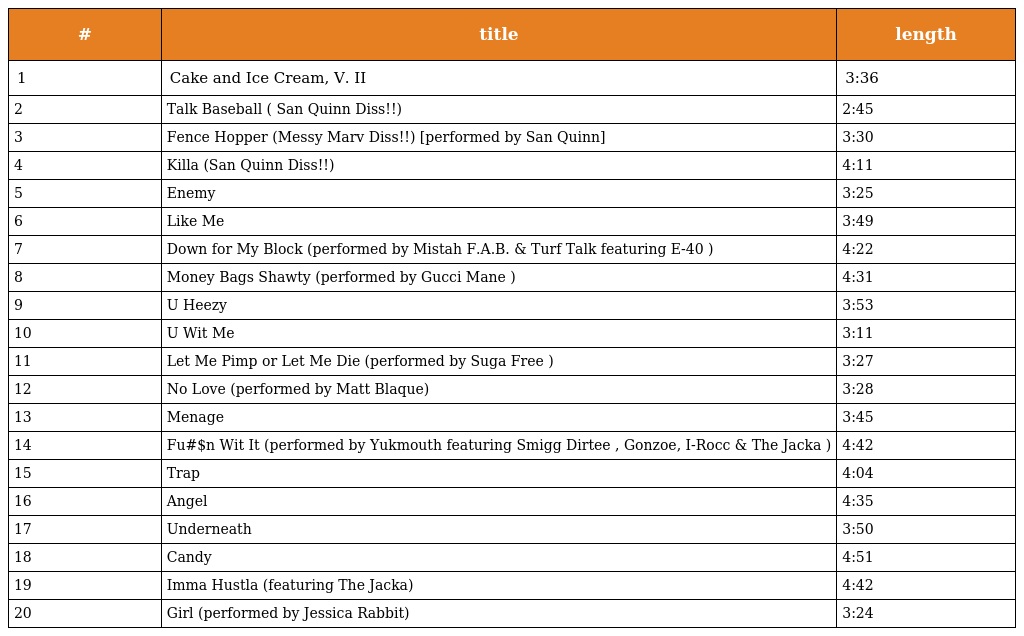
| # | title | length |
 | --- | --- | --- |
 | 1 | Cake and Ice Cream, V. II | 3:36 |
 | 2 | Talk Baseball ( San Quinn Diss!!) | 2:45 |
 | 3 | Fence Hopper (Messy Marv Diss!!) [performed by San Quinn] | 3:30 |
 | 4 | Killa (San Quinn Diss!!) | 4:11 |
 | 5 | Enemy | 3:25 |
 | 6 | Like Me | 3:49 |
 | 7 | Down for My Block (performed by Mistah F.A.B. & Turf Talk featuring E-40 ) | 4:22 |
 | 8 | Money Bags Shawty (performed by Gucci Mane ) | 4:31 |
 | 9 | U Heezy | 3:53 |
 | 10 | U Wit Me | 3:11 |
 | 11 | Let Me Pimp or Let Me Die (performed by Suga Free ) | 3:27 |
 | 12 | No Love (performed by Matt Blaque) | 3:28 |
 | 13 | Menage | 3:45 |
 | 14 | Fu#$n Wit It (performed by Yukmouth featuring Smigg Dirtee , Gonzoe, I-Rocc & The Jacka ) | 4:42 |
 | 15 | Trap | 4:04 |
 | 16 | Angel | 4:35 |
 | 17 | Underneath | 3:50 |
 | 18 | Candy | 4:51 |
 | 19 | Imma Hustla (featuring The Jacka) | 4:42 |
 | 20 | Girl (performed by Jessica Rabbit) | 3:24 |